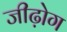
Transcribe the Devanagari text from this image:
जीढ़ोग